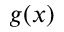
g ( x )